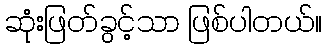
ဆုံးဖြတ်ခွင့်သာ ဖြစ်ပါတယ်။